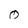
Character: 0